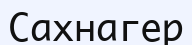
Сахнагер